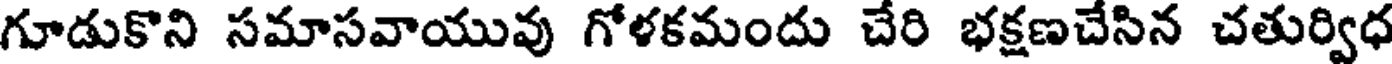
గూడుకొని సమాసవాయువు గోళకమందు చేరి భక్షణచేసిన చతుర్విధ